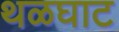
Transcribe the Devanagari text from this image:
थळघाट